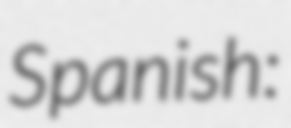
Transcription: Spanish: